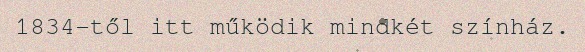
1834-től itt működik mindkét színház.